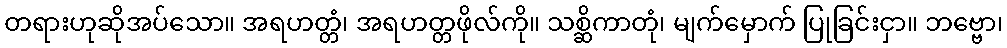
တရားဟုဆိုအပ်သော။ အရဟတ္တံ၊ အရဟတ္တဖိုလ်ကို။ သစ္ဆိကာတုံ၊ မျက်မှောက် ပြုခြင်းငှာ။ ဘဗ္ဗော၊